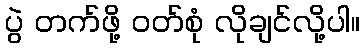
ပွဲ တက်ဖို့ ဝတ်စုံ လိုချင်လို့ပါ။